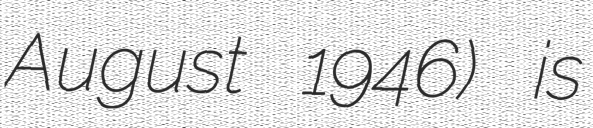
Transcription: August 1946) is